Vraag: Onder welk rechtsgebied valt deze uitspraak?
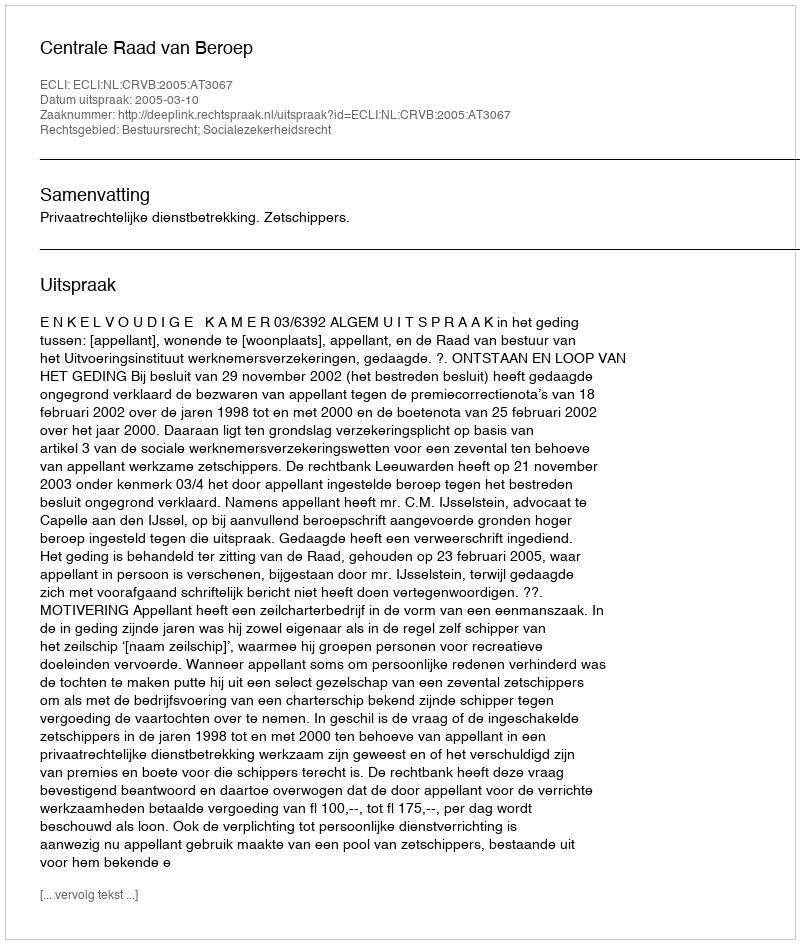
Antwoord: Bestuursrecht; Socialezekerheidsrecht